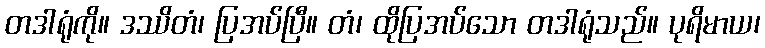
တဒါရုံကို။ ဒဿိတံ၊ ပြအပ်ပြီ။ တံ၊ ထိုပြအပ်သော တဒါရုံသည်။ ပုရိမာယ၊